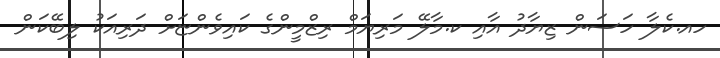
ހއ.ކެލާ ހަސަން ޒިޔާދު އާއި ކ.މާލޭ މަރިޔަމް ރިޒްމީންގެ ކައިވެންޏަށް ދަރިއަކު ލިބޭކަން